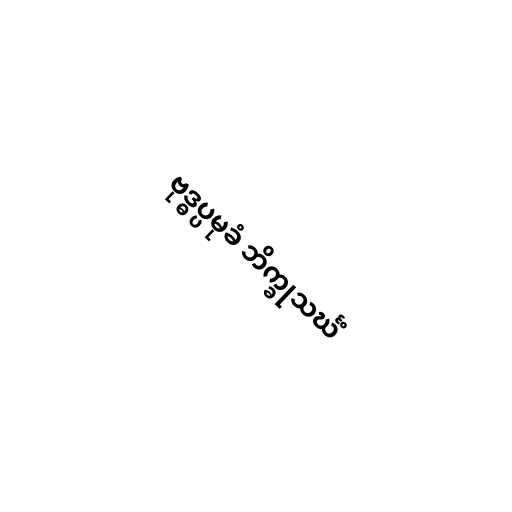
ဗုဒ္ဓပ္ပမုခံ ဘိက္ခုသင်္ဃံ